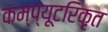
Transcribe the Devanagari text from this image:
कम्प्यूटरिकृत